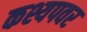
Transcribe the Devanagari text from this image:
कश्यपवर